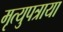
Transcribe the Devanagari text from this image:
मृत्युपत्राया